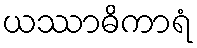
ယဿာဓိကာရံ